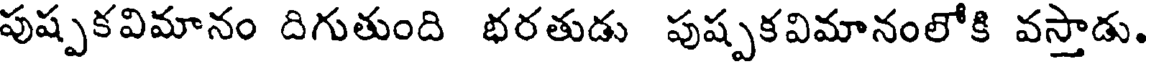
పుష్పకవిమానం దిగుతుంది భరతుడు పుష్పకవిమానంలోకి వస్తాడు.